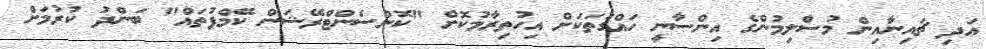
އަދި ޗައިނާއިން މުސްލިމުންގެ އިންސާނީ ހައްގުތަކަށް އިހުތިރާމުކޮށް "ކޮންސެންޓްރޭޝަން ކޭމްޕުތައް" ބަންދު ކުރުމަށް